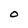
Character: O